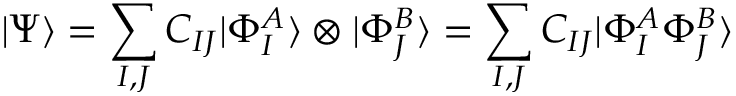
| \Psi \rangle = \sum _ { I , J } C _ { I J } | \Phi _ { I } ^ { A } \rangle \otimes | \Phi _ { J } ^ { B } \rangle = \sum _ { I , J } C _ { I J } | \Phi _ { I } ^ { A } \Phi _ { J } ^ { B } \rangle